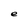
Character: e